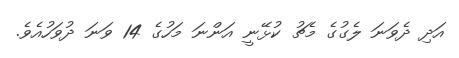
އަދި ދެވަނަ ލެގުގެ މެޗު ކުޅޭނީ އަންނަ މަހުގެ 14 ވަނަ ދުވަހުއެވެ.